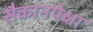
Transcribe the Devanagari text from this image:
सैकानपेक्षा